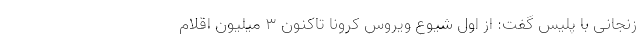
زنجانی با پلیس گفت: از اول شیوع ویروس کرونا تاکنون ۳ میلیون اقلام